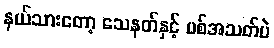
နယ်သားတော့ သေနတ်နှင့် ပစ်အသတ်ပဲ